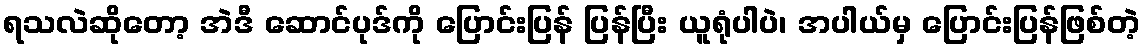
ရသလဲဆိုတော့ အဲဒီ ဆောင်ပုဒ်ကို ပြောင်းပြန် ပြန်ပြီး ယူရုံပါပဲ၊ အပါယ်မှ ပြောင်းပြန်ဖြစ်တဲ့